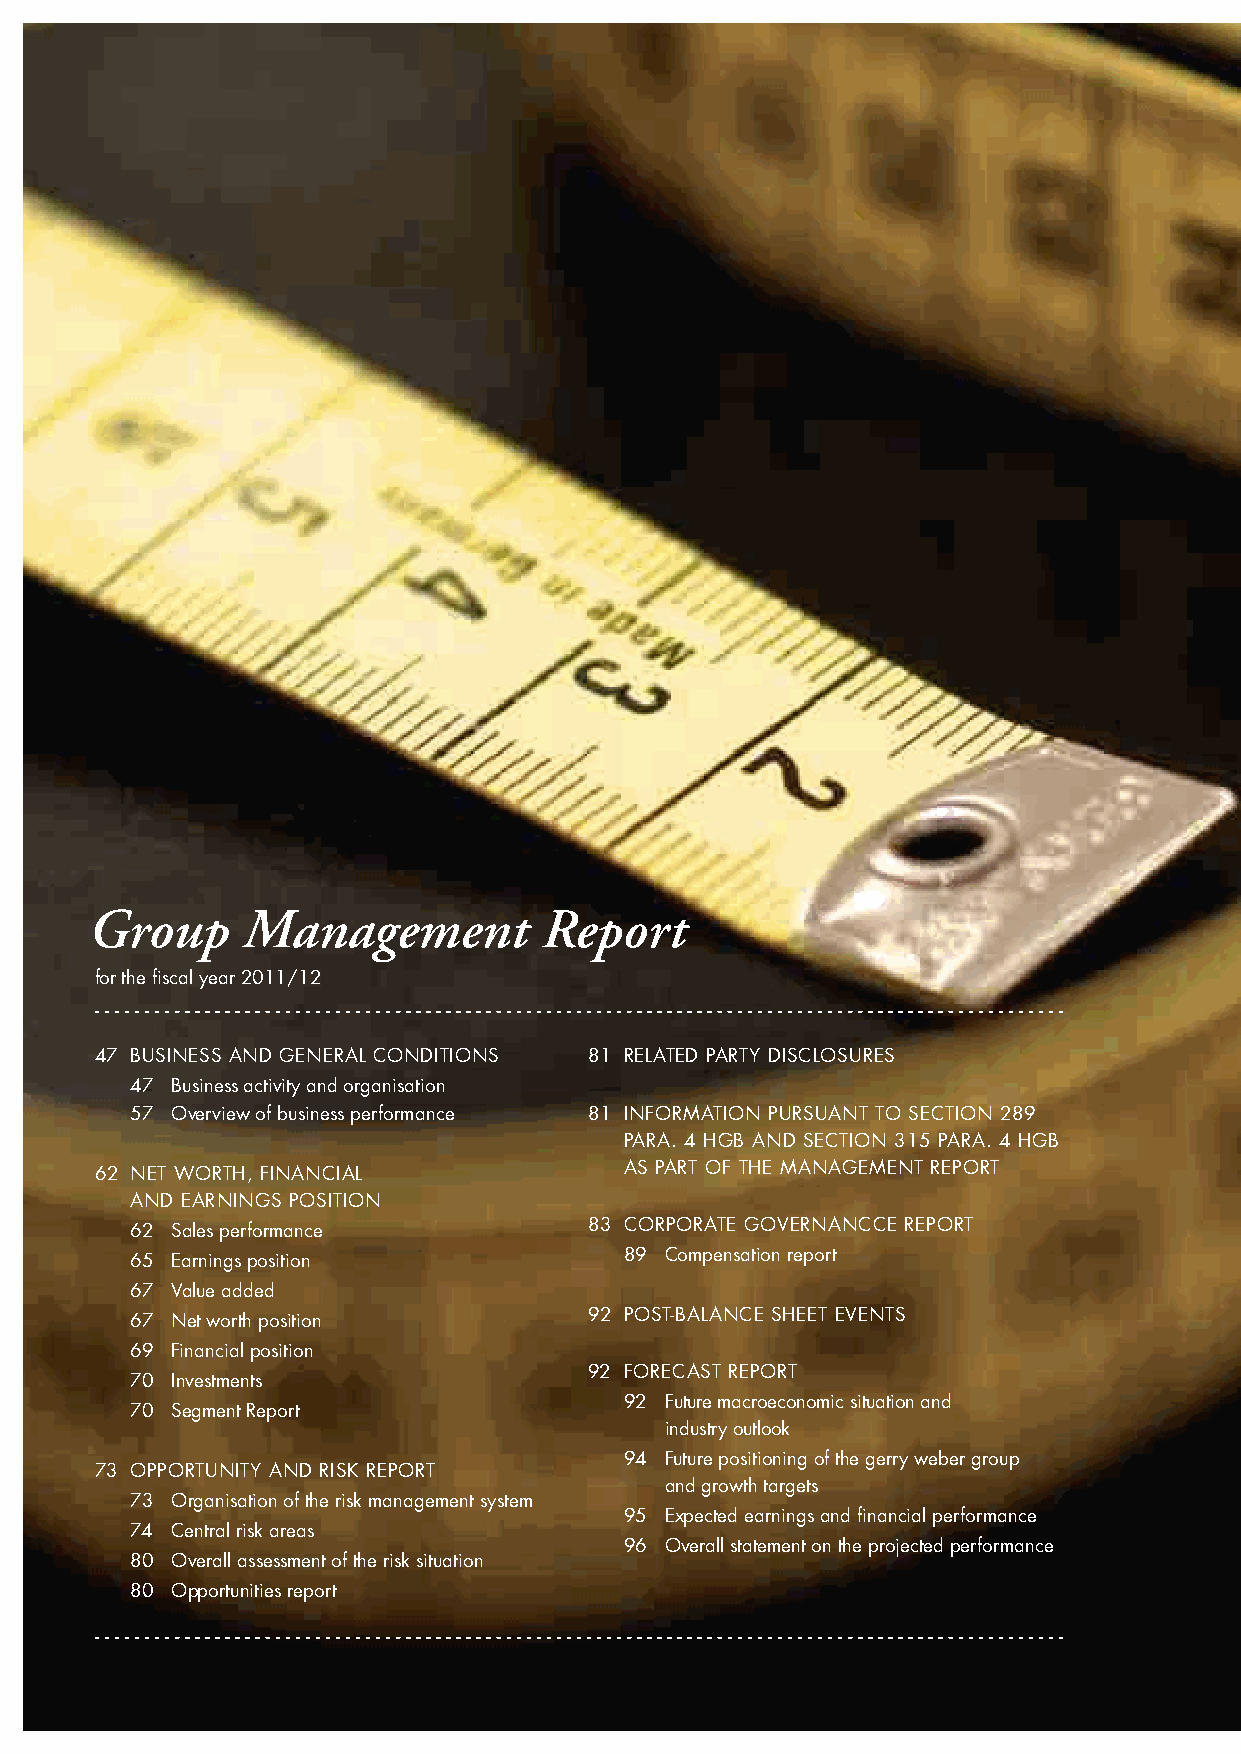
Group     Management          Report
 for the fiscal year 2011/12
 47 Business And GeneRAl CondiTions 81 RelATed pARTY disClosuRes
 47 Business activity and organisation
 57 overview of business performance 81 inFoRmATion puRsuAnT To seCTion 289
 pARA. 4 hGB And seCTion 315 p ARA. 4 hGB
 62 neT WoRTh, FinAnCiAl            As pART oF The mAnAGemenT RepoRT
 And eARninGs posiTion
 62 sales performance          83 CoRpoRATe GoveRnAnCCe RepoRT
 65 earnings position            89 Compensation report
 67 value added
 67 net worth position         92 posT-BAlAnCe sheeT evenTs
 69 Financial position
 92 FoReCAsT RepoRT
 70 investments
 92 F uture macroeconomic situation and
 70 segment Report
 industry outlook
 94 Future positioning of the gerry weber group
 73 oppoRTuniTY And RisK RepoRT
 and growth targets
 73 organisation of the risk management system
 95 expected earnings and financial performance
 74 Central risk areas
 96 overall statement on the projected performance
 80 overall assessment of the risk situation
 80 opportunities report